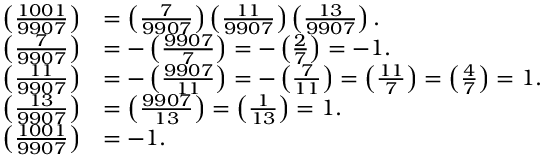
{ \begin{array} { r l } { \left( { \frac { 1 0 0 1 } { 9 9 0 7 } } \right) } & { = \left( { \frac { 7 } { 9 9 0 7 } } \right) \left( { \frac { 1 1 } { 9 9 0 7 } } \right) \left( { \frac { 1 3 } { 9 9 0 7 } } \right) . } \\ { \left( { \frac { 7 } { 9 9 0 7 } } \right) } & { = - \left( { \frac { 9 9 0 7 } { 7 } } \right) = - \left( { \frac { 2 } { 7 } } \right) = - 1 . } \\ { \left( { \frac { 1 1 } { 9 9 0 7 } } \right) } & { = - \left( { \frac { 9 9 0 7 } { 1 1 } } \right) = - \left( { \frac { 7 } { 1 1 } } \right) = \left( { \frac { 1 1 } { 7 } } \right) = \left( { \frac { 4 } { 7 } } \right) = 1 . } \\ { \left( { \frac { 1 3 } { 9 9 0 7 } } \right) } & { = \left( { \frac { 9 9 0 7 } { 1 3 } } \right) = \left( { \frac { 1 } { 1 3 } } \right) = 1 . } \\ { \left( { \frac { 1 0 0 1 } { 9 9 0 7 } } \right) } & { = - 1 . } \end{array} }